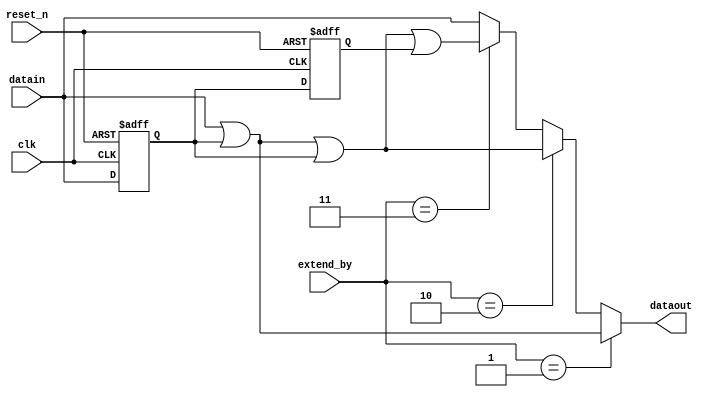
module DE4_SOPC_ddr2_0_p0_fr_cycle_extender(
	clk,
	reset_n,
	extend_by,
	datain,
	dataout
);

// ******************************************************************************************************************************** 
// BEGIN PARAMETER SECTION
// All parameters default to "" will have their values passed in from higher level wrapper with the controller and driver 

parameter DATA_WIDTH = ""; 
parameter REG_POST_RESET_HIGH = "false";

localparam RATE_MULT = 2;
localparam REG_STAGES = 2;
localparam FULL_DATA_WIDTH = DATA_WIDTH*RATE_MULT;

// END PARAMETER SECTION
// ******************************************************************************************************************************** 

input	clk;
input	reset_n;
input	[1:0] extend_by; 
input	[FULL_DATA_WIDTH-1:0] datain;
output	[FULL_DATA_WIDTH-1:0] dataout;


reg [FULL_DATA_WIDTH-1:0] datain_r [REG_STAGES-1:0] /* synthesis dont_merge */;

generate
	genvar stage;
	for (stage = 0; stage < REG_STAGES; stage = stage + 1)
	begin : stage_gen
		always @(posedge clk or negedge reset_n)
		begin
			if (~reset_n) 
				if (REG_POST_RESET_HIGH == "true") 
					datain_r[stage] <= {FULL_DATA_WIDTH{1'b1}};
				else
					datain_r[stage] <= {FULL_DATA_WIDTH{1'b0}};
			else 
				datain_r[stage] <= (stage == 0) ? datain : datain_r[stage-1];
		end
	end
endgenerate


wire [DATA_WIDTH-1:0] datain_t0 = datain[(DATA_WIDTH*1)-1:(DATA_WIDTH*0)];
wire [DATA_WIDTH-1:0] datain_t1 = datain[(DATA_WIDTH*2)-1:(DATA_WIDTH*1)];
wire [DATA_WIDTH-1:0] datain_r_t0 = datain_r[0][(DATA_WIDTH*1)-1:(DATA_WIDTH*0)];
wire [DATA_WIDTH-1:0] datain_r_t1 = datain_r[0][(DATA_WIDTH*2)-1:(DATA_WIDTH*1)];
wire [DATA_WIDTH-1:0] datain_rr_t1 = datain_r[1][(DATA_WIDTH*2)-1:(DATA_WIDTH*1)];

assign dataout = (extend_by == 2'b01) ? {datain_t1 | datain_t0, 
                                         datain_t0 | datain_r_t1} : (
                 (extend_by == 2'b10) ? {datain_t1 | datain_t0   | datain_r_t1, 
				                         datain_t0 | datain_r_t1 | datain_r_t0} : (
                 (extend_by == 2'b11) ? {datain_t1 | datain_t0   | datain_r_t1 | datain_r_t0, 
				                         datain_t0 | datain_r_t1 | datain_r_t0 | datain_rr_t1} : (
                                        {datain_t1, datain_t0} )));
	

endmodule